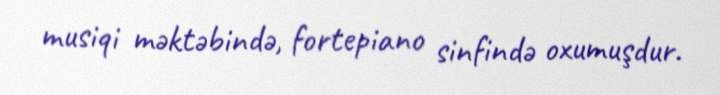
musiqi məktəbində, fortepiano sinfində oxumuşdur.